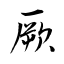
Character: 厥